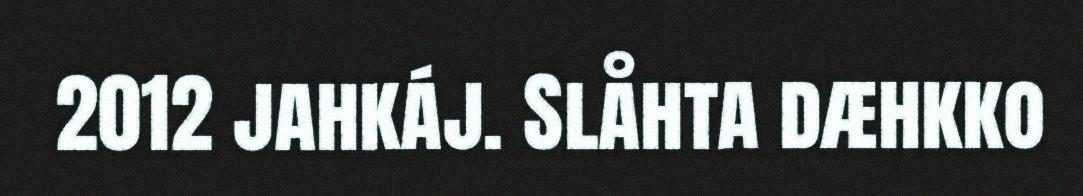
2012 jahkáj. Slåhta dæhkko